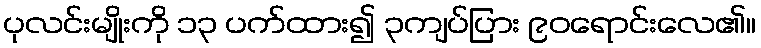
ပုလင်းမျိုးကို ၁၃ ပက်ထား၍ ၃ကျပ်ပြား ၉၀ရောင်းလေ၏။